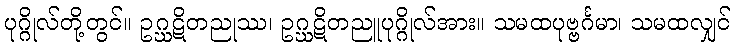
ပုဂ္ဂိုလ်တို့တွင်။ ဥဂ္ဃဋိတညုဿ၊ ဥဂ္ဃဋိတညူပုဂ္ဂိုလ်အား။ သမထပုဗ္ဗင်္ဂမာ၊ သမထလျှင်